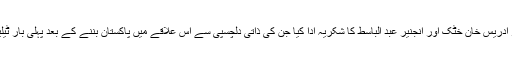
علاقے کے عوام نے پاکستان ٹیلی کیمیونیکیشن کمپنی کے جنرل منیجر ادریس خان خٹک اور انجنیر عبد الباسط کا شکریہ ادا کیا جن کی ذاتی دلچسپی سے اس علاقے میں پاکستان بننے کے بعد پہلی بار ٹیلیفون Exchange نے کام شروع کرکے عوام کا دیرینہ مسئلہ حل کیا۔